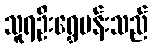
သူရဦးရွှေမန်းသည်